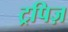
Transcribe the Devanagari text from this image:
ट्रपिज़